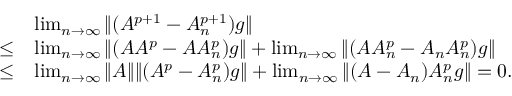
\begin{array} { r l } & { \operatorname* { l i m } _ { n \to \infty } \| ( A ^ { p + 1 } - A _ { n } ^ { p + 1 } ) g \| } \\ { \le } & { \operatorname* { l i m } _ { n \to \infty } \| ( A A ^ { p } - A A _ { n } ^ { p } ) g \| + \operatorname* { l i m } _ { n \to \infty } \| ( A A _ { n } ^ { p } - A _ { n } A _ { n } ^ { p } ) g \| } \\ { \le } & { \operatorname* { l i m } _ { n \to \infty } \| A \| \| ( A ^ { p } - A _ { n } ^ { p } ) g \| + \operatorname* { l i m } _ { n \to \infty } \| ( A - A _ { n } ) A _ { n } ^ { p } g \| = 0 . } \end{array}